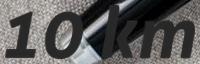
10 km